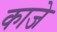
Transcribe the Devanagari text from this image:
काजे